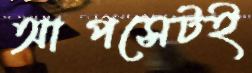
আপসেটই